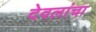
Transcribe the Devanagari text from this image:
देवलांचा